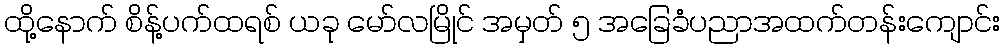
ထို့နောက် စိန့်ပက်ထရစ် ယခု မော်လမြိုင် အမှတ် ၅ အခြေခံပညာအထက်တန်းကျောင်း